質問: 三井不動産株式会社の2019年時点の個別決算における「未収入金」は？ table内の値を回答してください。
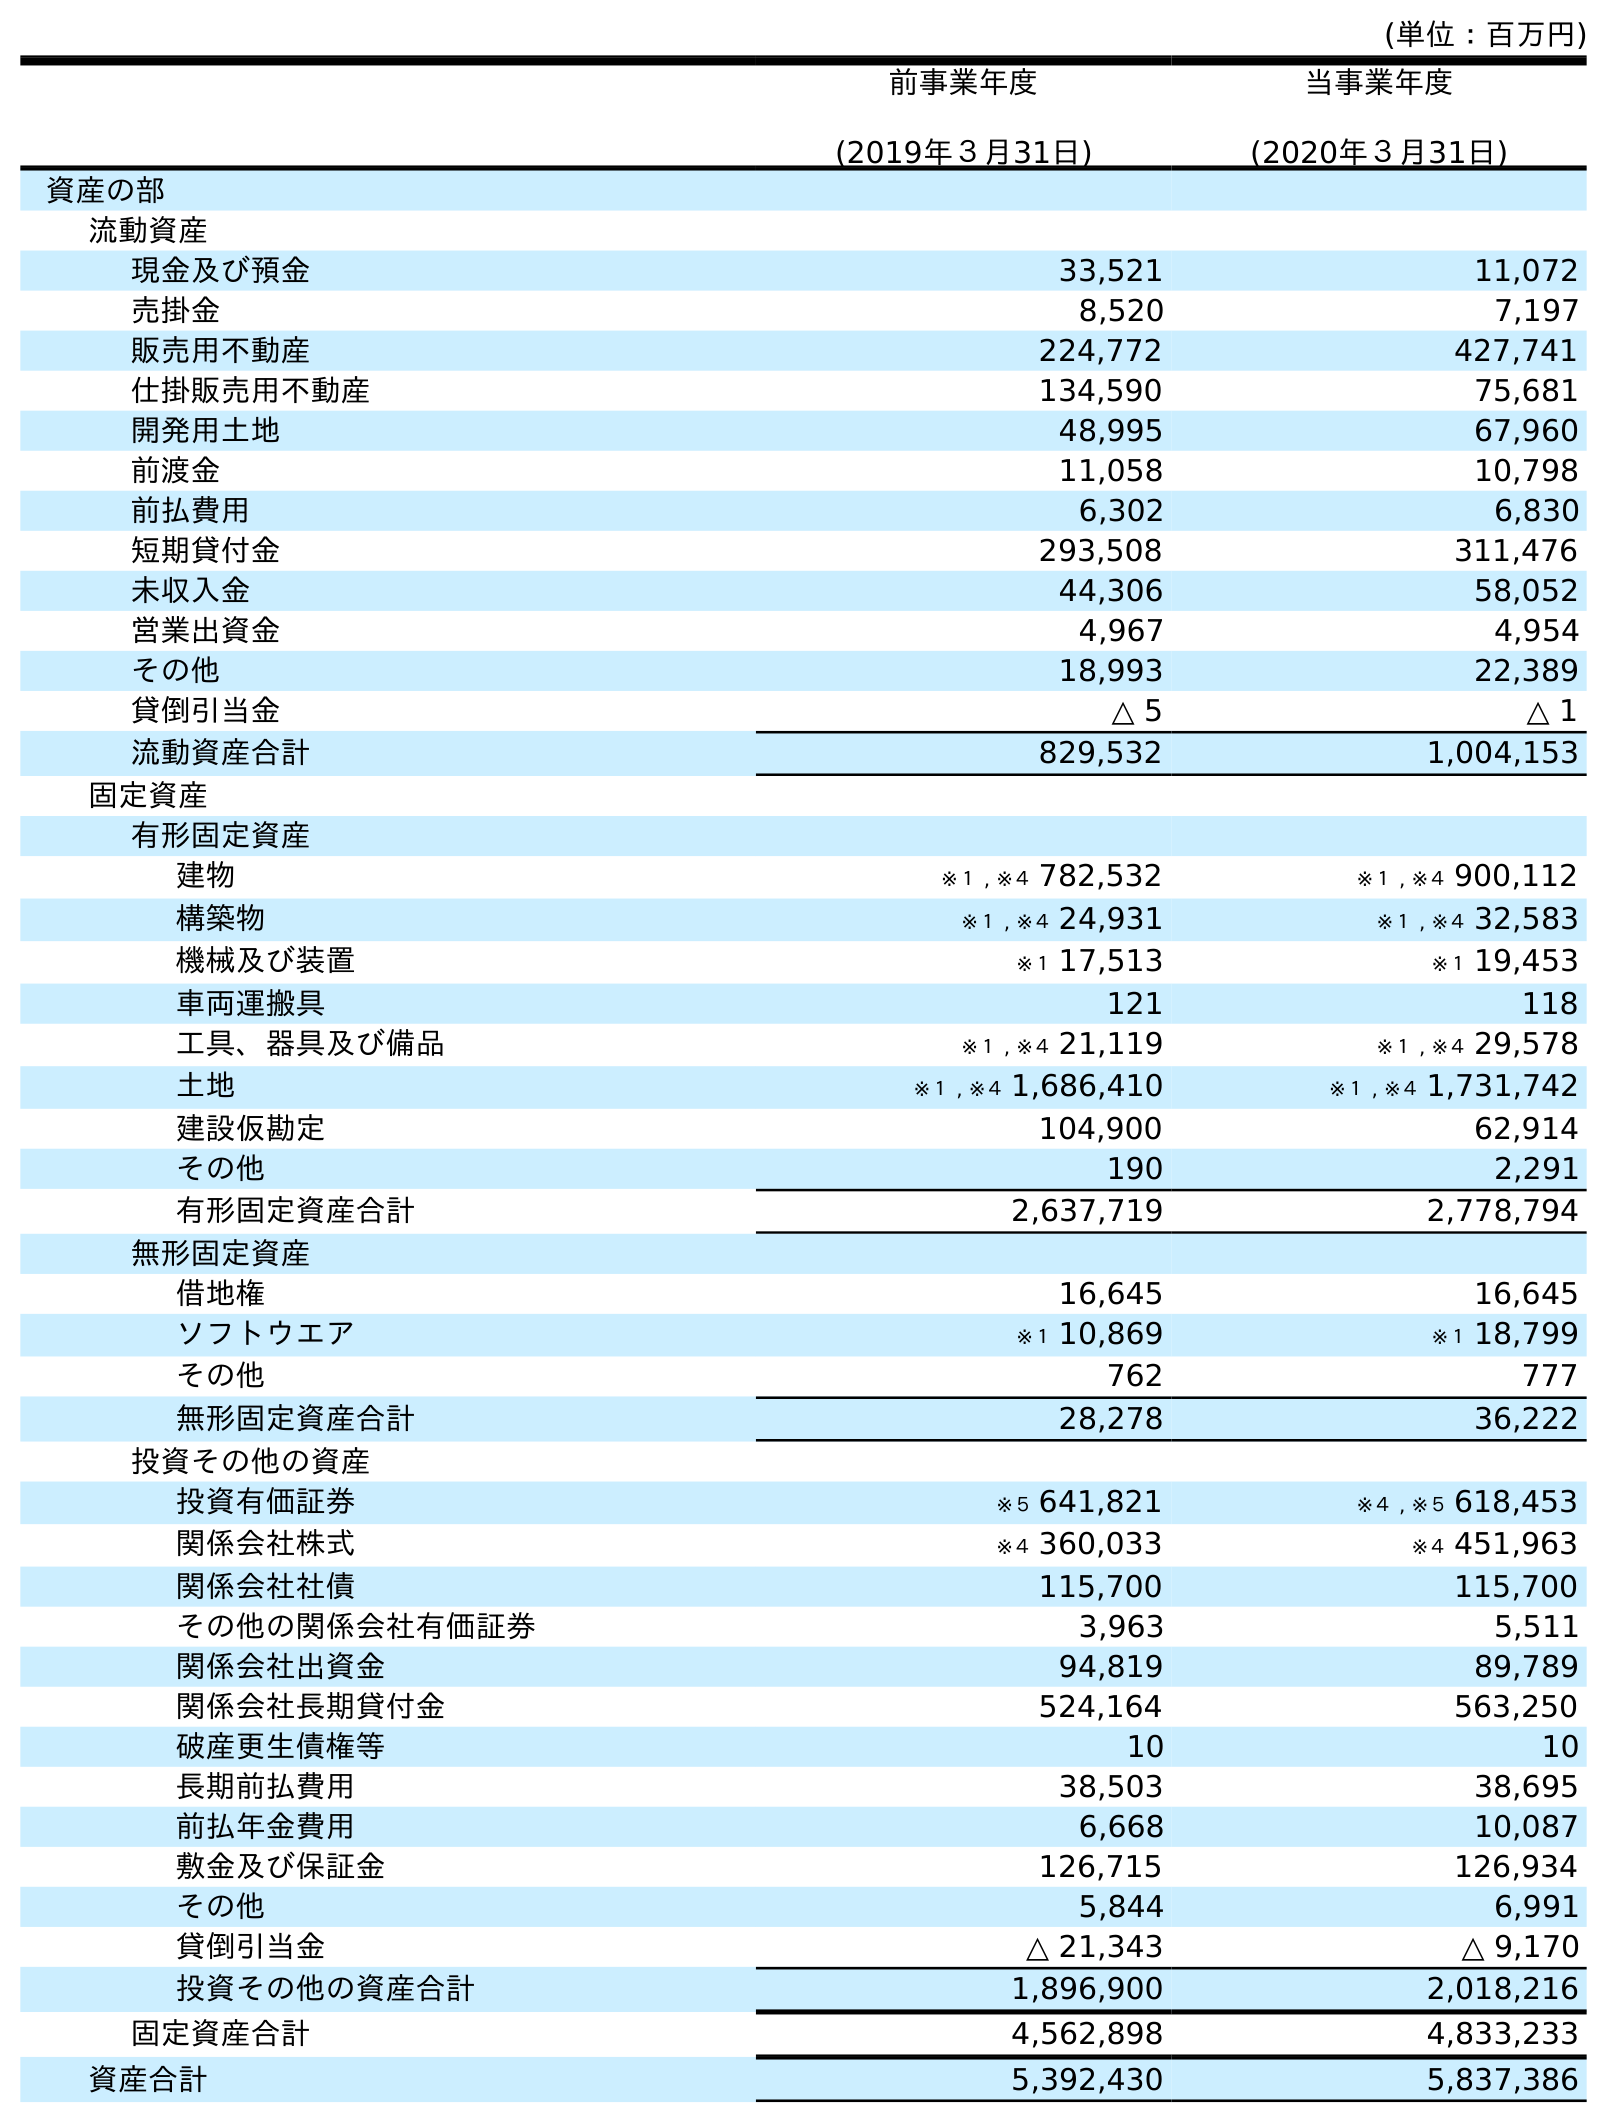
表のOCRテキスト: (単位：百万円) 前事業年度 (2019年３月31日) 当事業年度 (2020年３月31日) 資産の部 流動資産 現金及び預金 33,521 11,072 売掛金 8,520 7,197 販売用不動産 224,772 427,741 仕掛販売用不動産 134,590 75,681 開発用土地 48,995 67,960 前渡金 11,058 10,798 前払費用 6,302 6,830 短期貸付金 293,508 311,476 未収入金 44,306 58,052 営業出資金 4,967 4,954 その他 18,993 22,389 貸倒引当金 △ 5 △ 1 流動資産合計 829,532 1,004,153 固定資産 有形固定資産 建物 ※１ , ※４ 782,532 ※１ , ※４ 900,112 構築物 ※１ , ※４ 24,931 ※１ , ※４ 32,583 機械及び装置 ※１ 17,513 ※１ 19,453 車両運搬具 121 118 工具、器具及び備品 ※１ , ※４ 21,119 ※１ , ※４ 29,578 土地 ※１ , ※４ 1,686,410 ※１ , ※４ 1,731,742 建設仮勘定 104,900 62,914 その他 190 2,291 有形固定資産合計 2,637,719 2,778,794 無形固定資産 借地権 16,645 16,645 ソフトウエア ※１ 10,869 ※１ 18,799 その他 762 777 無形固定資産合計 28,278 36,222 投資その他の資産 投資有価証券 ※５ 641,821 ※４ , ※５ 618,453 関係会社株式 ※４ 360,033 ※４ 451,963 関係会社社債 115,700 115,700 その他の関係会社有価証券 3,963 5,511 関係会社出資金 94,819 89,789 関係会社長期貸付金 524,164 563,250 破産更生債権等 10 10 長期前払費用 38,503 38,695 前払年金費用 6,668 10,087 敷金及び保証金 126,715 126,934 その他 5,844 6,991 貸倒引当金 △ 21,343 △ 9,170 投資その他の資産合計 1,896,900 2,018,216 固定資産合計 4,562,898 4,833,233 資産合計 5,392,430 5,837,386
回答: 44,306